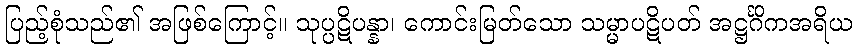
ပြည့်စုံသည်၏ အဖြစ်ကြောင့်။ သုပ္ပဋိပန္နာ၊ ကောင်းမြတ်သော သမ္မာပဋိပတ် အဋ္ဌင်္ဂိကအရိယ